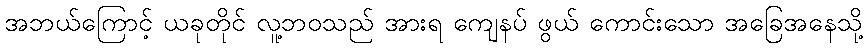
အဘယ်ကြောင့် ယခုတိုင် လူ့ဘဝသည် အားရ ကျေနပ် ဖွယ် ကောင်းသော အခြေအနေသို့